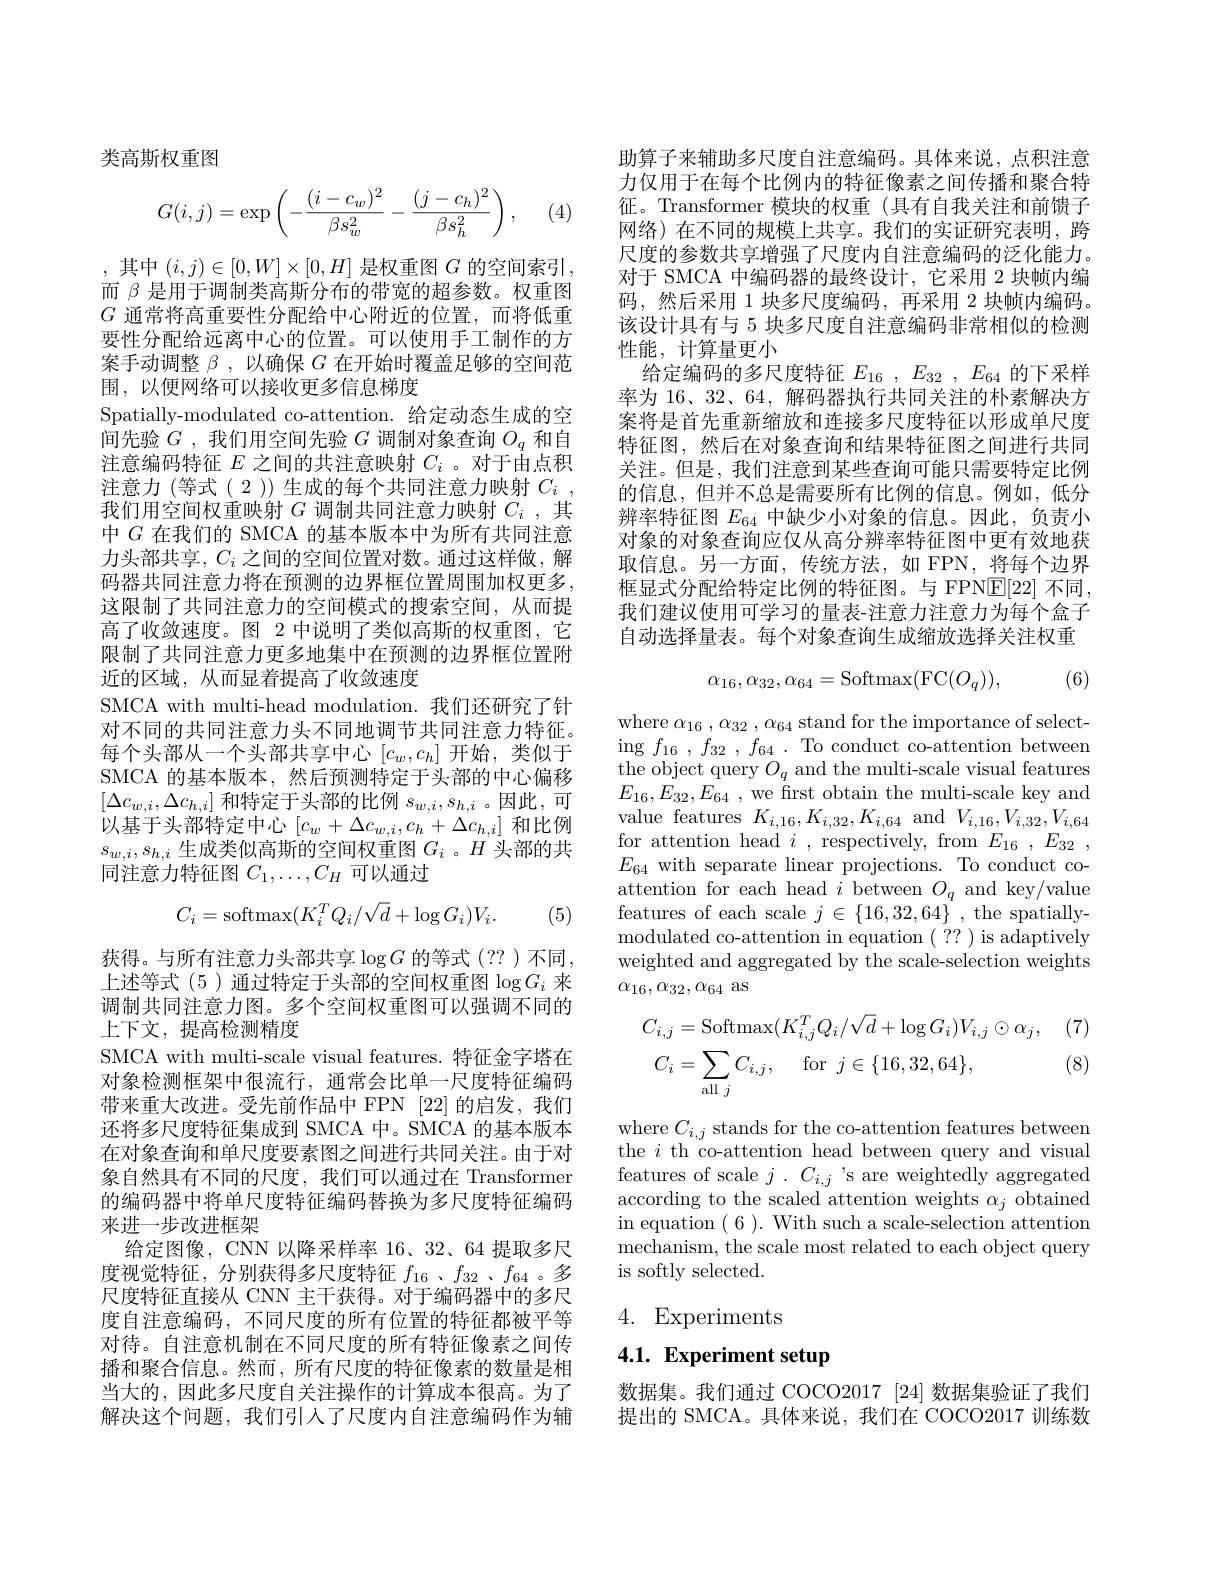
类高斯权重图
$$G(i,j)=\exp\left(-\frac{(i-c_w)^2}{\beta s_w^2}-\frac{(j-c_h)^2}{\beta s_h^2}\right),$$
(4

,其中$(i,j)\in[0,W]\times[0,H]$是权重图$G$的空间索引， 而$\beta$是用于调制类高斯分布的带宽的超参数。权重图$G$通常将高重要性分配给中心附近的位置，而将低重要性分配给远离中心的位置。可以使用手工制作的方案手动调整$\beta$,以确保$G$在开始时覆盖足够的空间范围，以便网络可以接收更多信息梯度
Spatially-modulated co-attention. 给定动态生成的空间先验$G$ ,我们用空间先验$G$调制对象查询$O_q$和自注意编码特征$E$之间的共注意映射$C_i$ 。对于由点积注意力 (等式(2))生成的每个共同注意力映射$C_i$, 我们用空间权重映射$G$调制共同注意力映射$C_i$,其中$G$在我们的 SMCA 的基本版本中为所有共同注意力头部共享$,C_i$ 之间的空间位置对数。通过这样做，解码器共同注意力将在预测的边界框位置周围加权更多， 这限制了共同注意力的空间模式的搜索空间，从而提高了收敛速度。图 2 中说明了类似高斯的权重图，它限制了共同注意力更多地集中在预测的边界框位置附近的区域，从而显着提高了收敛速度
SMCA with multi-head modulation. 我们还研究了针对不同的共同注意力头不同地调节共同注意力特征。每个头部从一个头部共享中心$[c_w,c_h]$开始，类似于SMCA 的基本版本，然后预测特定于头部的中心偏移$[\Delta c_{w,i},\Delta c_{h,i}]$ 和特定于头部的比例 $s_w,i,s_{h,i}$ 。因此，可以基于头部特定中心$[c_w+\Delta c_{w,i},c_h+\Delta c_{h,i}]$和比例$s_{w,i},s_{h,i}$生成类似高斯的空间权重图$G_i$ 。$H$头部的共同注意力特征图$C_1,\ldots,C_H$可以通过
$$C_i=\mathrm{softmax}(K_i^TQ_i/\sqrt{d}+\log G_i)V_i.$$
(5)

获得。与所有注意力头部共享$\log G$ 的等式(??)不同， 上述等式(5)通过特定于头部的空间权重图$\log G_i$ 来调制共同注意力图。多个空间权重图可以强调不同的上下文，提高检测精度
SMCA with multi-scale visual features. 特征金字塔在对象检测框架中很流行，通常会比单一尺度特征编码带来重大改进。受先前作品中 FPN [22]的启发，我们还将多尺度特征集成到 SMCA 中。SMCA 的基本版本在对象查询和单尺度要素图之间进行共同关注。由于对象自然具有不同的尺度，我们可以通过在 Transformer 的编码器中将单尺度特征编码替换为多尺度特征编码来进一步改进框架
给定图像，CNN 以降采样率 16、32、64 提取多尺度视觉特征，分别获得多尺度特征$f_16$ 、$f_{32}$ 、$f_{64}$。多尺度特征直接从 CNN 主干获得。对于编码器中的多尺度自注意编码，不同尺度的所有位置的特征都被平等对待。自注意机制在不同尺度的所有特征像素之间传播和聚合信息。然而，所有尺度的特征像素的数量是相当大的，因此多尺度自关注操作的计算成本很高。为了解决这个问题，我们引人了尺度内自注意编码作为辅

助算子来辅助多尺度自注意编码。具体来说，点积注意力仅用于在每个比例内的特征像素之间传播和聚合特征。Transformer 模块的权重(具有自我关注和前馈子网络)在不同的规模上共享。我们的实证研究表明，跨尺度的参数共享增强了尺度内自注意编码的泛化能力。对于 SMCA 中编码器的最终设计，它采用 2 块帧内编码，然后采用 1 块多尺度编码，再采用 2 块帧内编码。该设计具有与 5 块多尺度自注意编码非常相似的检测性能，计算量更小
给定编码的多尺度特征$E_{16}$ , $E_{32}$ , $E_{64}$的下采样率为 16、32、64, 解码器执行共同关注的朴素解决方案将是首先重新缩放和连接多尺度特征以形成单尺度特征图，然后在对象查询和结果特征图之间进行共同关注。但是，我们注意到某些查询可能只需要特定比例的信息，但并不总是需要所有比例的信息。例如，低分辨率特征图$E_{64}$中缺少小对象的信息。因此，负责小对象的对象查询应仅从高分辨率特征图中更有效地获取信息。另一方面，传统方法，如 FPN,将每个边界框显式分配给特定比例的特征图。与 FPN$\boxed{\mathrm{E}[22]}$不同， 我们建议使用可学习的量表-注意力注意力为每个盒子自动选择量表。每个对象查询生成缩放选择关注权重
$$\alpha_{16},\alpha_{32},\alpha_{64}=\mathrm{Softmax}(\mathrm{FC}(O_q)),$$
(6)

where $\alpha_{16},\alpha_{32},\alpha_{64}$ stand for the importance of select- $\operatorname { ing} f_{16}$ , $f_{32}$ , $f_{64}$ .To conduct co-attention between the object query $O_{q}$ and the multi-scale visual features $E_{16}, E_{32}, E_{64}$ , we first obtain the multi-scale key and value features $K_{i,16},K_{i,32},K_{i,64}$ and $V_{i,16},V_{i,32},V_{i,64}$ for attention head $i$, respectively, from $E_{16},E_{32}$, $E_{64}$ with separate linear projections. To conduct coattention for each head $i$ between $O_q$ and key/value features of each scale $j\in\{16,32,64\}$ , the spatiallymodulated co-attention in equation ( ?? ) is adaptively weighted and aggregated by the scale-selection weights $\alpha_{16},\alpha_{32},\alpha_{64}$ as

(7)
$$\begin{aligned}&C_{i,j}=\mathrm{Softmax}(K_{i,j}^{T}Q_{i}/\sqrt{d}+\log G_{i})V_{i,j}\odot\alpha_{j},\\&C_{i}=\sum_{\mathrm{all}\:j}C_{i,j},\quad\mathrm{for}\:j\in\{16,32,64\},\end{aligned}$$
(8)

where $C_{i,j}$ stands for the co-attention features between the $i$ th co-attention head between query and visual features of scale $j$ . $C_{i, j}$ 's are weightedly aggregated according to the scaled attention weights $\alpha_j$ obtained in equation (6). With such a scale-selection attention mechanism, the scale most related to each object query is softly selected.

4. Experiments

## 4.1. Experiment setup

数据集。我们通过 COCO2017 [24] 数据集验证了我们提出的 SMCA。具体来说，我们在 COCO2017 训练数